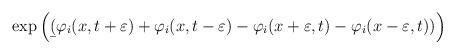
LaTeX: \begin{align*}\exp\left(\b(\varphi_i(x,t+\varepsilon)+\varphi_i(x,t-\varepsilon)-\varphi_i(x+\varepsilon,t)-\varphi_i(x-\varepsilon,t))\right)\end{align*}